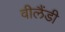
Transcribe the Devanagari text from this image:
वीलैंडी